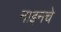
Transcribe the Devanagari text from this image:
नाइनचे